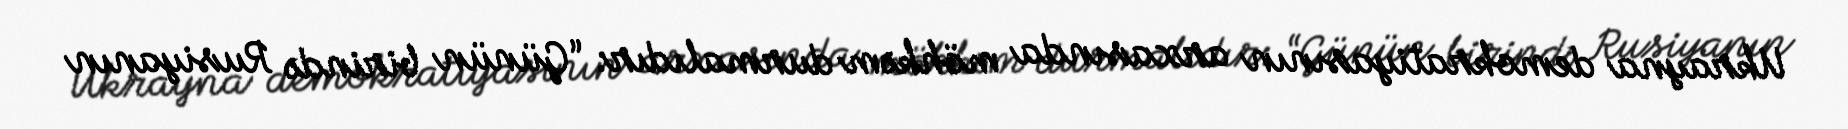
Ukrayna demokratiyasının arxasında möhkəm durmalıdır: “Günün birində Rusiyanın